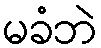
မခံဘဲ